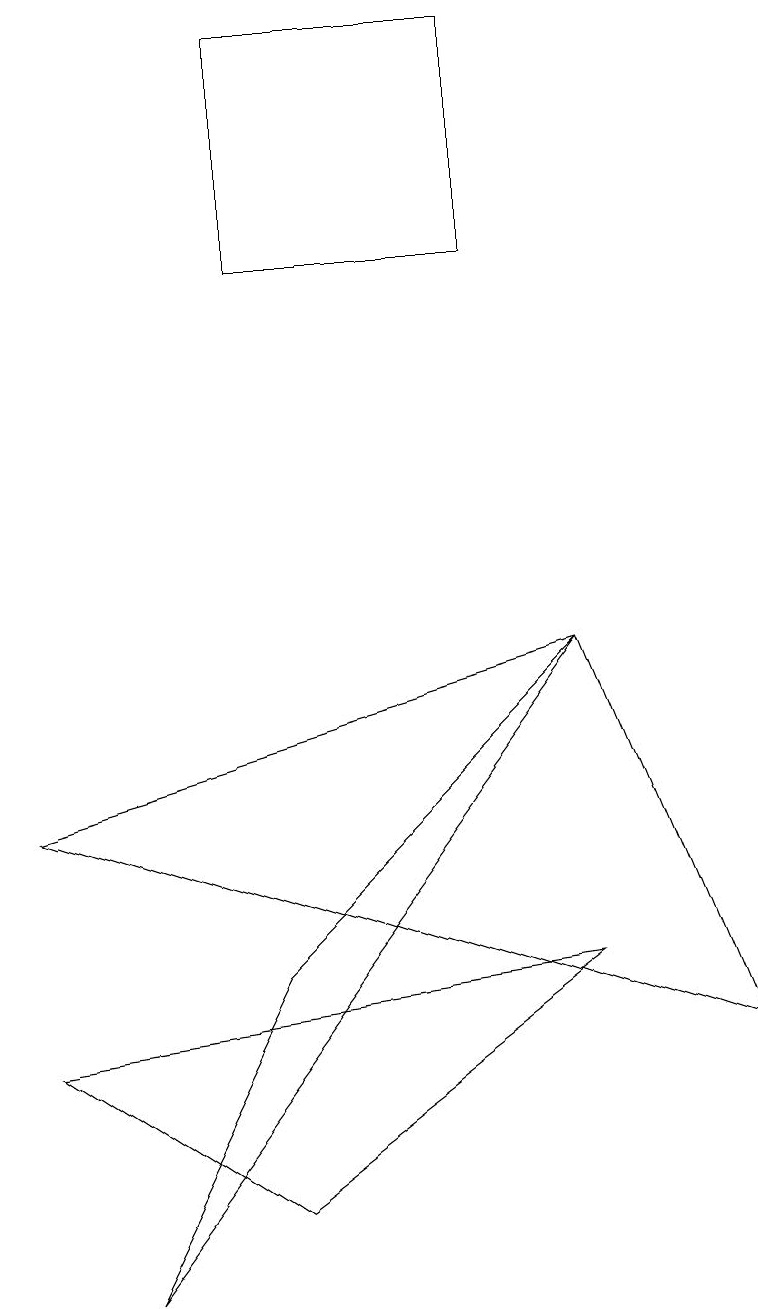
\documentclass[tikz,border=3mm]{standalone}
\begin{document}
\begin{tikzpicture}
\draw (3,16) rectangle (6,13);
\draw (7,4) -- (0,3) -- (3,1) -- cycle;
\draw (1,0) -- (3,4) -- (7,8) -- cycle;
\draw (7,8) -- (9,3) -- (0,6) -- cycle;
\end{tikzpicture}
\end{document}